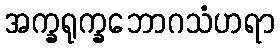
အက္ခရုက္ခဘောဂသံဟရာ